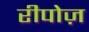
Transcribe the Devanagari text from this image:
रीपोज़